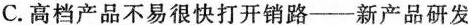
C.高档产品不易很快打开销路--新产品研发